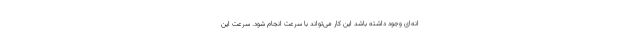
انه‌ای وجود داشته باشد این کار می‌تواند با سرعت انجام شود. سرعت این